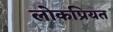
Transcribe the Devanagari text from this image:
लोकप्रियत